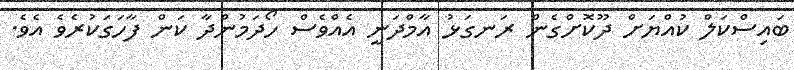
ބައިސްކަލް ކުއްޔަށް ދޫކޮށްގެން ރަނގަޅު އާމްދަނީ އެއްވެސް ހޯދަމުންދާ ކަން ފާހަަގަކުރެވެ އެވެ.